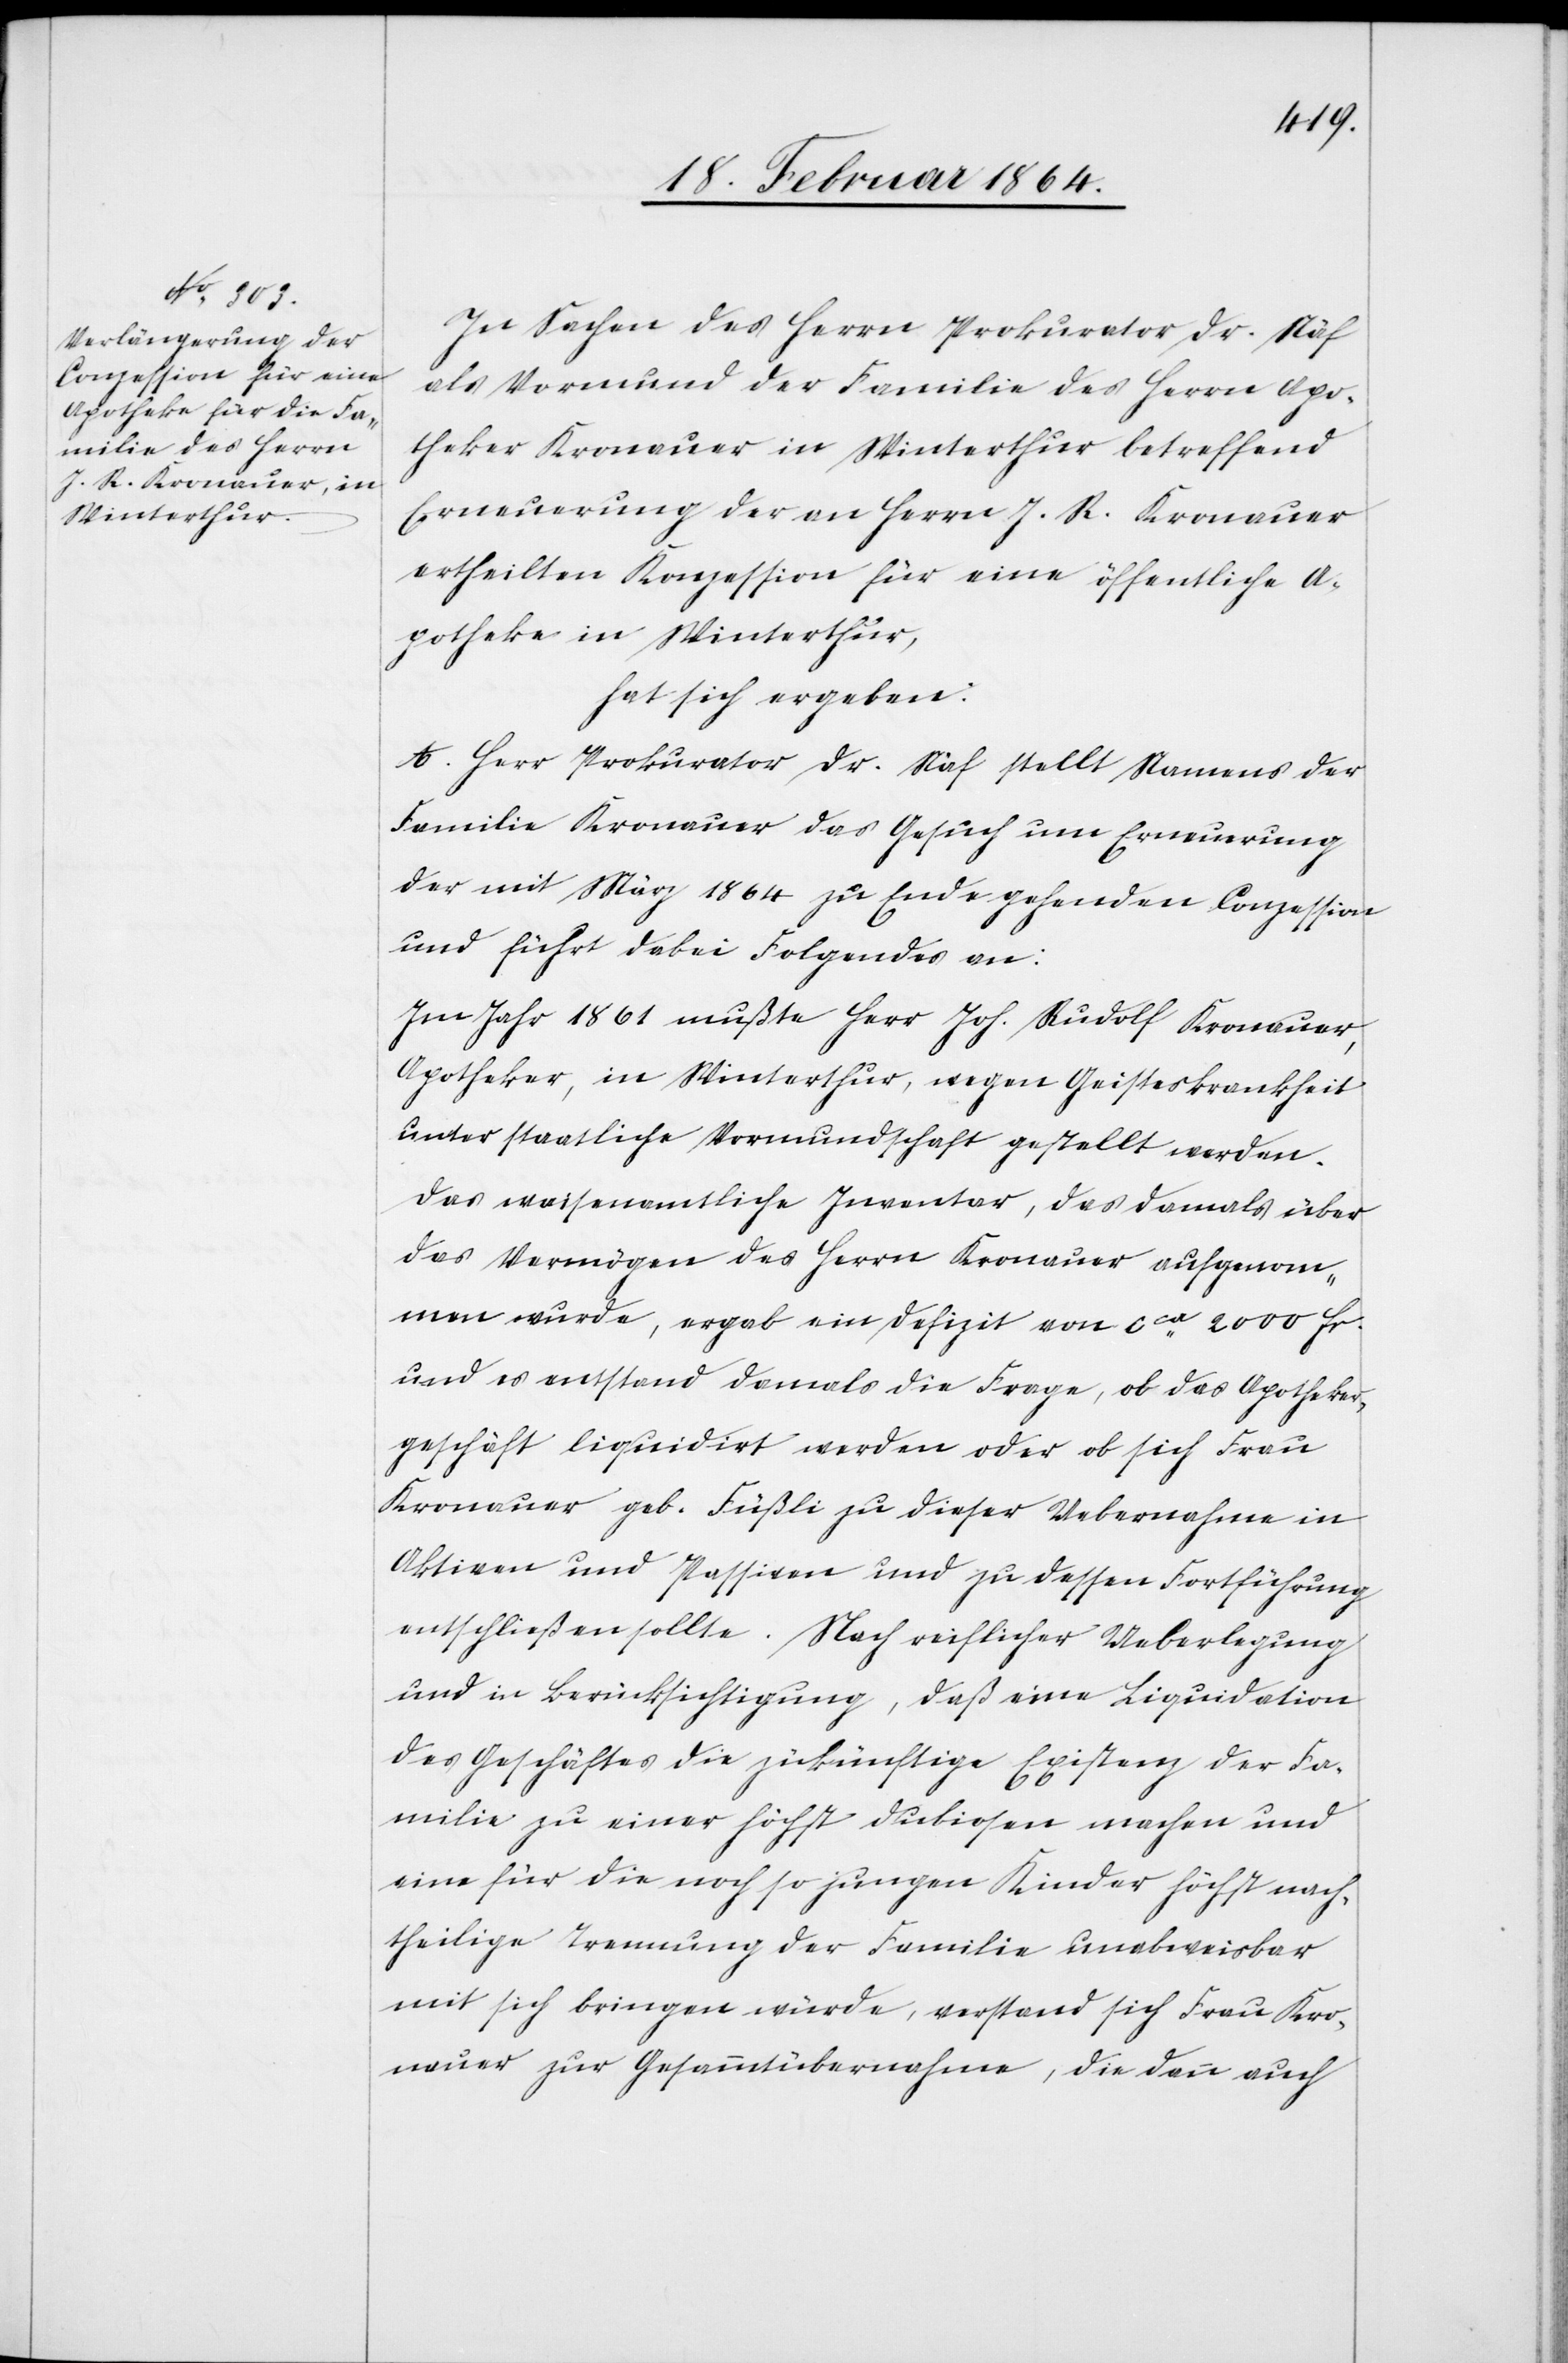
In Sachen des Herrn Prokurator Dr. Näf
als Vormund der Familie des Herrn Apo¬
theker Kronauer in Winterthur betreffend
Erneuerung der an Herrn J. R. Kronauer
ertheilten Konzession für eine öffentliche A¬
potheke in Winterthur,
hat sich ergeben:
A. Herr Prokurator Dr. Näf stellt Namens der
Familie Kronauer das Gesuch um Erneuerung
der mit März 1864 zu Ende gehenden Conzession
und führt dabei Folgendes an:
Im Jahr 1861 mußte Herr Joh. Rudolf Kronauer,
Apotheker, in Winterthur, wegen Geisteskrankheit
unter staatliche Vormundschaft gestellt werden.
Das waisenamtliche Inventar, das damals über
das Vermögen des Herrn Kronauer aufgenom¬
men wurde, ergab ein Defizit von cca 2000 fr.
und es entstand damals die Frage, ob das Apotheker¬
geschäft liquidirt werden oder ob sich Frau
Kronauer geb. Füßli zu dieser Uebernahme in
Aktiven und Passiven und zu dessen Fortführung
entschließen sollte. Nach reiflicher Ueberlegung
und in Berücksichtigung, daß eine Liquidation
des Geschäftes die zükünftige [sic!] Existenz der Fa¬
milie zu einer höchst dubiosen machen und
eine für die noch so jungen Kinder höchst nach¬
theilige Trennung der Familie unabweisbar
mit sich bringen würde, verstand sich Frau Kro¬
nauer zur Gesammtübernahme, die dann auch